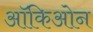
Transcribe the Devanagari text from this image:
ऑकिओन